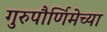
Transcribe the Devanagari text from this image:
गुरुपौर्णिमेच्या